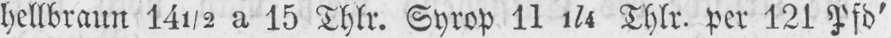
hellbraun 14½ a 15 Thlr. Syrop 111/4 Thlr. per 121 Pfd’